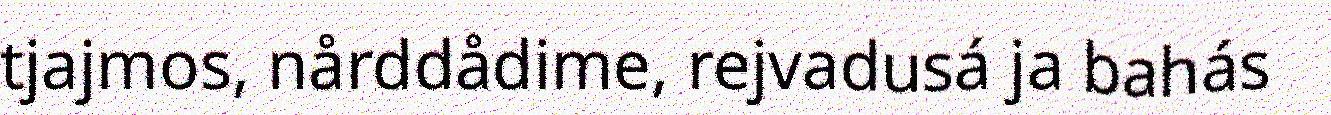
tjajmos, nårddådime, rejvadusá ja bahás